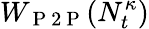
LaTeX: W_{\mathrm{~P~2~P~}}(N_{t}^{\kappa})